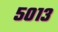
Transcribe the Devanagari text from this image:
५०१३